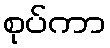
စုပ်ကာ